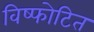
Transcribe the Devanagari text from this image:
विष्फोटित